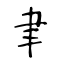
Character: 聿